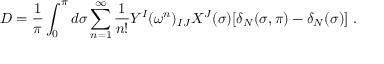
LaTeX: D = \frac { 1 } { \pi } \int _ { 0 } ^ { \pi } d \sigma \sum _ { n = 1 } ^ { \infty } \frac { 1 } { n ! } Y ^ { I } ( \omega ^ { n } ) _ { I J } X ^ { J } ( \sigma ) [ \delta _ { N } ( \sigma , \pi ) - \delta _ { N } ( \sigma ) ] \ .